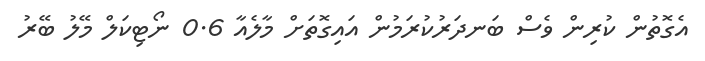
އެގޮތުން ކުރިން ވެސް ބަނދަރުކުރަމުން އައިގޮތަށް މާލެއާ 0.6 ނޯޓިކަލް މޭލު ބޭރު